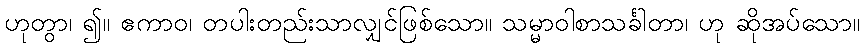
ဟုတွာ၊ ၍။ ဧကာဝ၊ တပါးတည်းသာလျှင်ဖြစ်သော။ သမ္မာဝါစာသင်္ခါတာ၊ ဟု ဆိုအပ်သော။